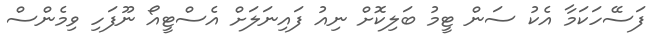
ފަސޭހަކަމާ އެކު ސަން ޓީމު ބަލިކޮށް ނިއު ފައިނަލަށް އެސްޓީއޯ ނޫފަހި ވިމެންސް